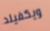
ويكفيلد